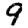
Digit: 9